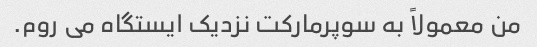
من معمولاً به سوپرمارکت نزدیک ایستگاه می روم.